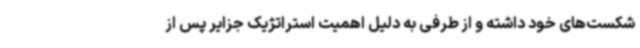
شکست‌های خود داشته و از طرفی به دلیل اهمیت استراتژیک جزایر پس از